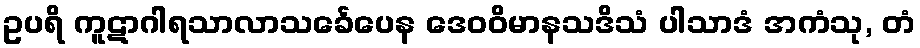
ဥပရိ ကူဋာဂါရသာလာသင်္ခေပေန ဒေဝဝိမာနသဒိသံ ပါသာဒံ အကံသု, တံ